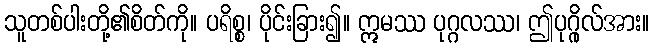
သူတစ်ပါးတို့၏စိတ်ကို။ ပရိစ္စ၊ ပိုင်းခြား၍။ ဣမဿ ပုဂ္ဂလဿ၊ ဤပုဂ္ဂိုလ်အား။